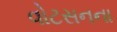
વોટસનના